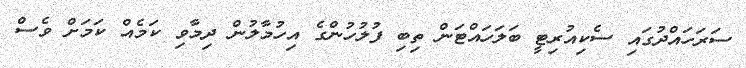
ސަރަހައްދުގައި ސެކިއުރިޓީ ބަލަހައްޓަން ތިބި ފުލުހުންގެ އިހުމާލުން ދިމާވި ކަމެއް ކަމަށް ވެސް